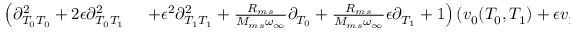
\begin{array} { r l } { \left( \partial _ { T _ { 0 } T _ { 0 } } ^ { 2 } + 2 \epsilon \partial _ { T _ { 0 } T _ { 1 } } ^ { 2 } \right. } & { { } \left. + \epsilon ^ { 2 } \partial _ { T _ { 1 } T _ { 1 } } ^ { 2 } + \frac { R _ { m s } } { M _ { m s } \omega _ { \infty } } \partial _ { T _ { 0 } } + \frac { R _ { m s } } { M _ { m s } \omega _ { \infty } } \epsilon \partial _ { T _ { 1 } } + 1 \right) \left( v _ { 0 } ( T _ { 0 } , T _ { 1 } ) + \epsilon v _ { 1 } ( T _ { 0 } , T _ { 1 } ) \right) } \end{array}